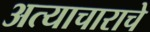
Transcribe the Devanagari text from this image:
अत्‍याचाराचे